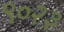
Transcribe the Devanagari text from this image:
९०२३